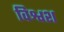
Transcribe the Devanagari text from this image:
विश्वश